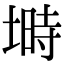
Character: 塒